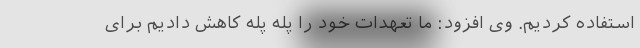
استفاده کردیم. وی افزود: ما تعهدات خود را پله پله کاهش دادیم برای